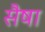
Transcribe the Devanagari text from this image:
सैषा